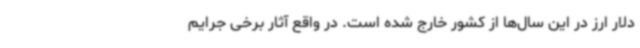
دلار ارز در این سال‌ها از کشور خارج شده است. در واقع آثار برخی جرایم